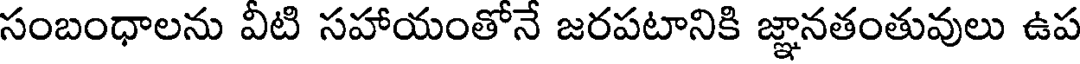
సంబంధాలను వీటి సహాయంతోనే జరపటానికి జ్ఞానతంతువులు ఉప